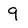
Character: 9